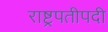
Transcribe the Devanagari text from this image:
राष्ट्रपतीपदी